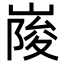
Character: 𡺲